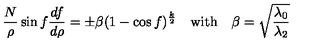
\frac { N } { \rho } \sin f \frac { d f } { d \rho } = \pm \beta ( 1 - \cos f ) ^ { \frac { k } { 2 } } \quad \mathrm { w i t h } \quad \beta = \sqrt { \frac { \lambda _ { 0 } } { \lambda _ { 2 } } }